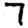
Digit: 7